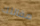
مقالتك